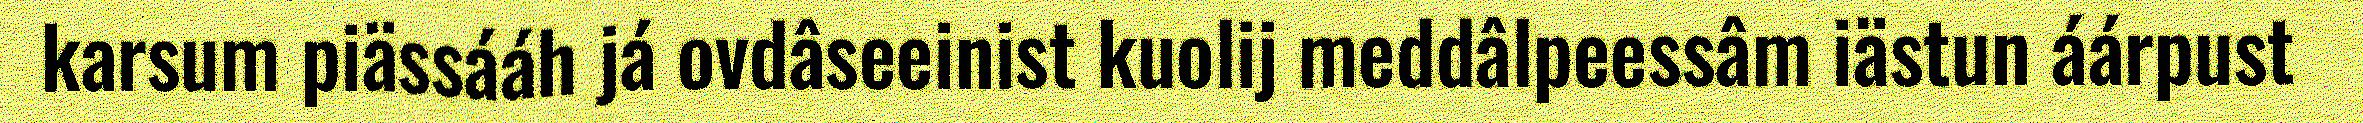
karsum piässááh já ovdâseeinist kuolij meddâlpeessâm iästun áárpust